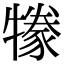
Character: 㹖